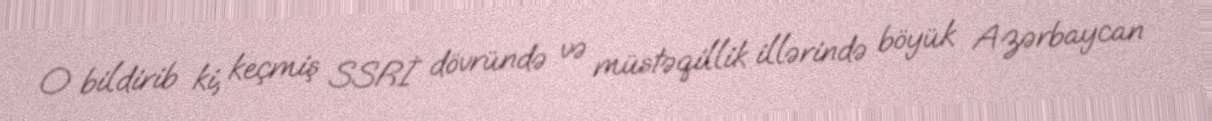
O bildirib ki, keçmiş SSRİ dövründə və müstəqillik illərində böyük Azərbaycan